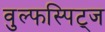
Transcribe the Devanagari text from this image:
वुल्फस्पिट्ज